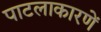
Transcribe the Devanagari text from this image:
पाटलाकारणें